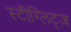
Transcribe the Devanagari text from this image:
स्टीग्लिट्ज़